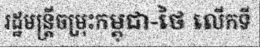
រដ្ឋមន្ត្រីចម្រុះកម្ពុជា-ថៃ លើកទី